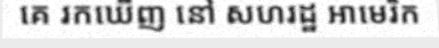
គេ រកឃើញ នៅ សហរដ្ឋ អាមេរិក